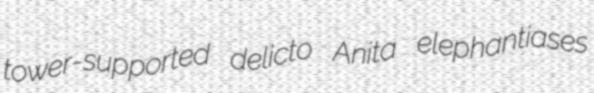
tower-supported delicto Anita elephantiases